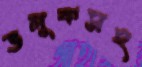
ভলুকসহ